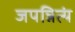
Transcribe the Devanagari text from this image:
जपन्नित्यं